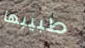
طبيبها